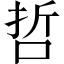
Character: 哲